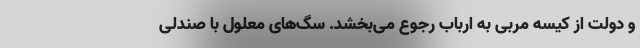
و دولت از کیسه مربی به ارباب رجوع می‌بخشد. سگ‌های معلول با صندلی